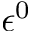
\epsilon ^ { 0 }